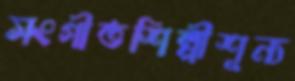
সংগীতশিল্পীশূন্য